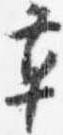
草